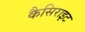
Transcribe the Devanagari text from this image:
कैसिराइट